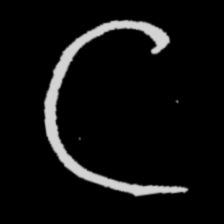
Pyu character \u2014 Myanmar letter: ဋ (romanized: tta)